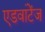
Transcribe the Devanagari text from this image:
एडवांटेंज